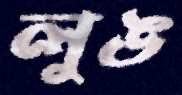
লুঙ